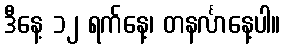
ဒီနေ့ ၁၂ ရက်နေ့၊ တနင်္လာနေ့ပါ။